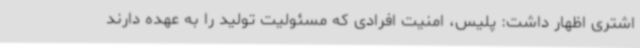
اشتری اظهار داشت: پلیس، امنیت افرادی که مسئولیت تولید را به عهده دارند